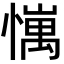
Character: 𢢄